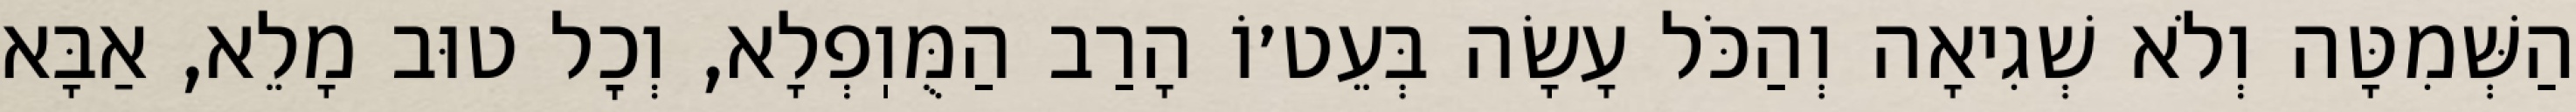
הַשְּׁמִטָּה וְלֹא שְׁגִיאָה וְהַכֹּל עָשָׂה בְּעֵט׳וֹ הָרַב הַמֻּוֽפְלָא, וְכׇל טוּב מָלֵא, אַבָּא